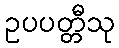
ဥပပတ္တီသု